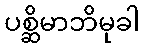
ပစ္ဆိမာဘိမုခါ